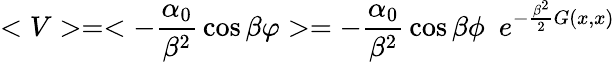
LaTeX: <V>=<-{\frac{\alpha_{0}}{\beta^{2}}}\cos\beta\varphi>=-{\frac{\alpha_{0}}{\beta^{2}}}\cos\beta\phi~~e^{-{\frac{\beta^{2}}{2}}G(x,x)}